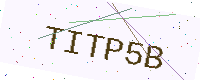
Text: TITP5B